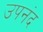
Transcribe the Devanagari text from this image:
उपनंद